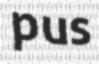
pus